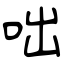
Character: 咄